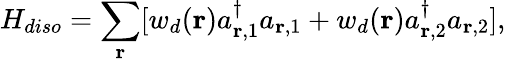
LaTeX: H_{diso}=\sum_{\mathbf r}[w_{d}({\mathbf r})a_{{\mathbf r},1}^{\dagger}a_{{\mathbf r},1}+w_{d}({\mathbf r})a_{{\mathbf r},2}^{\dagger}a_{{\mathbf r},2}],